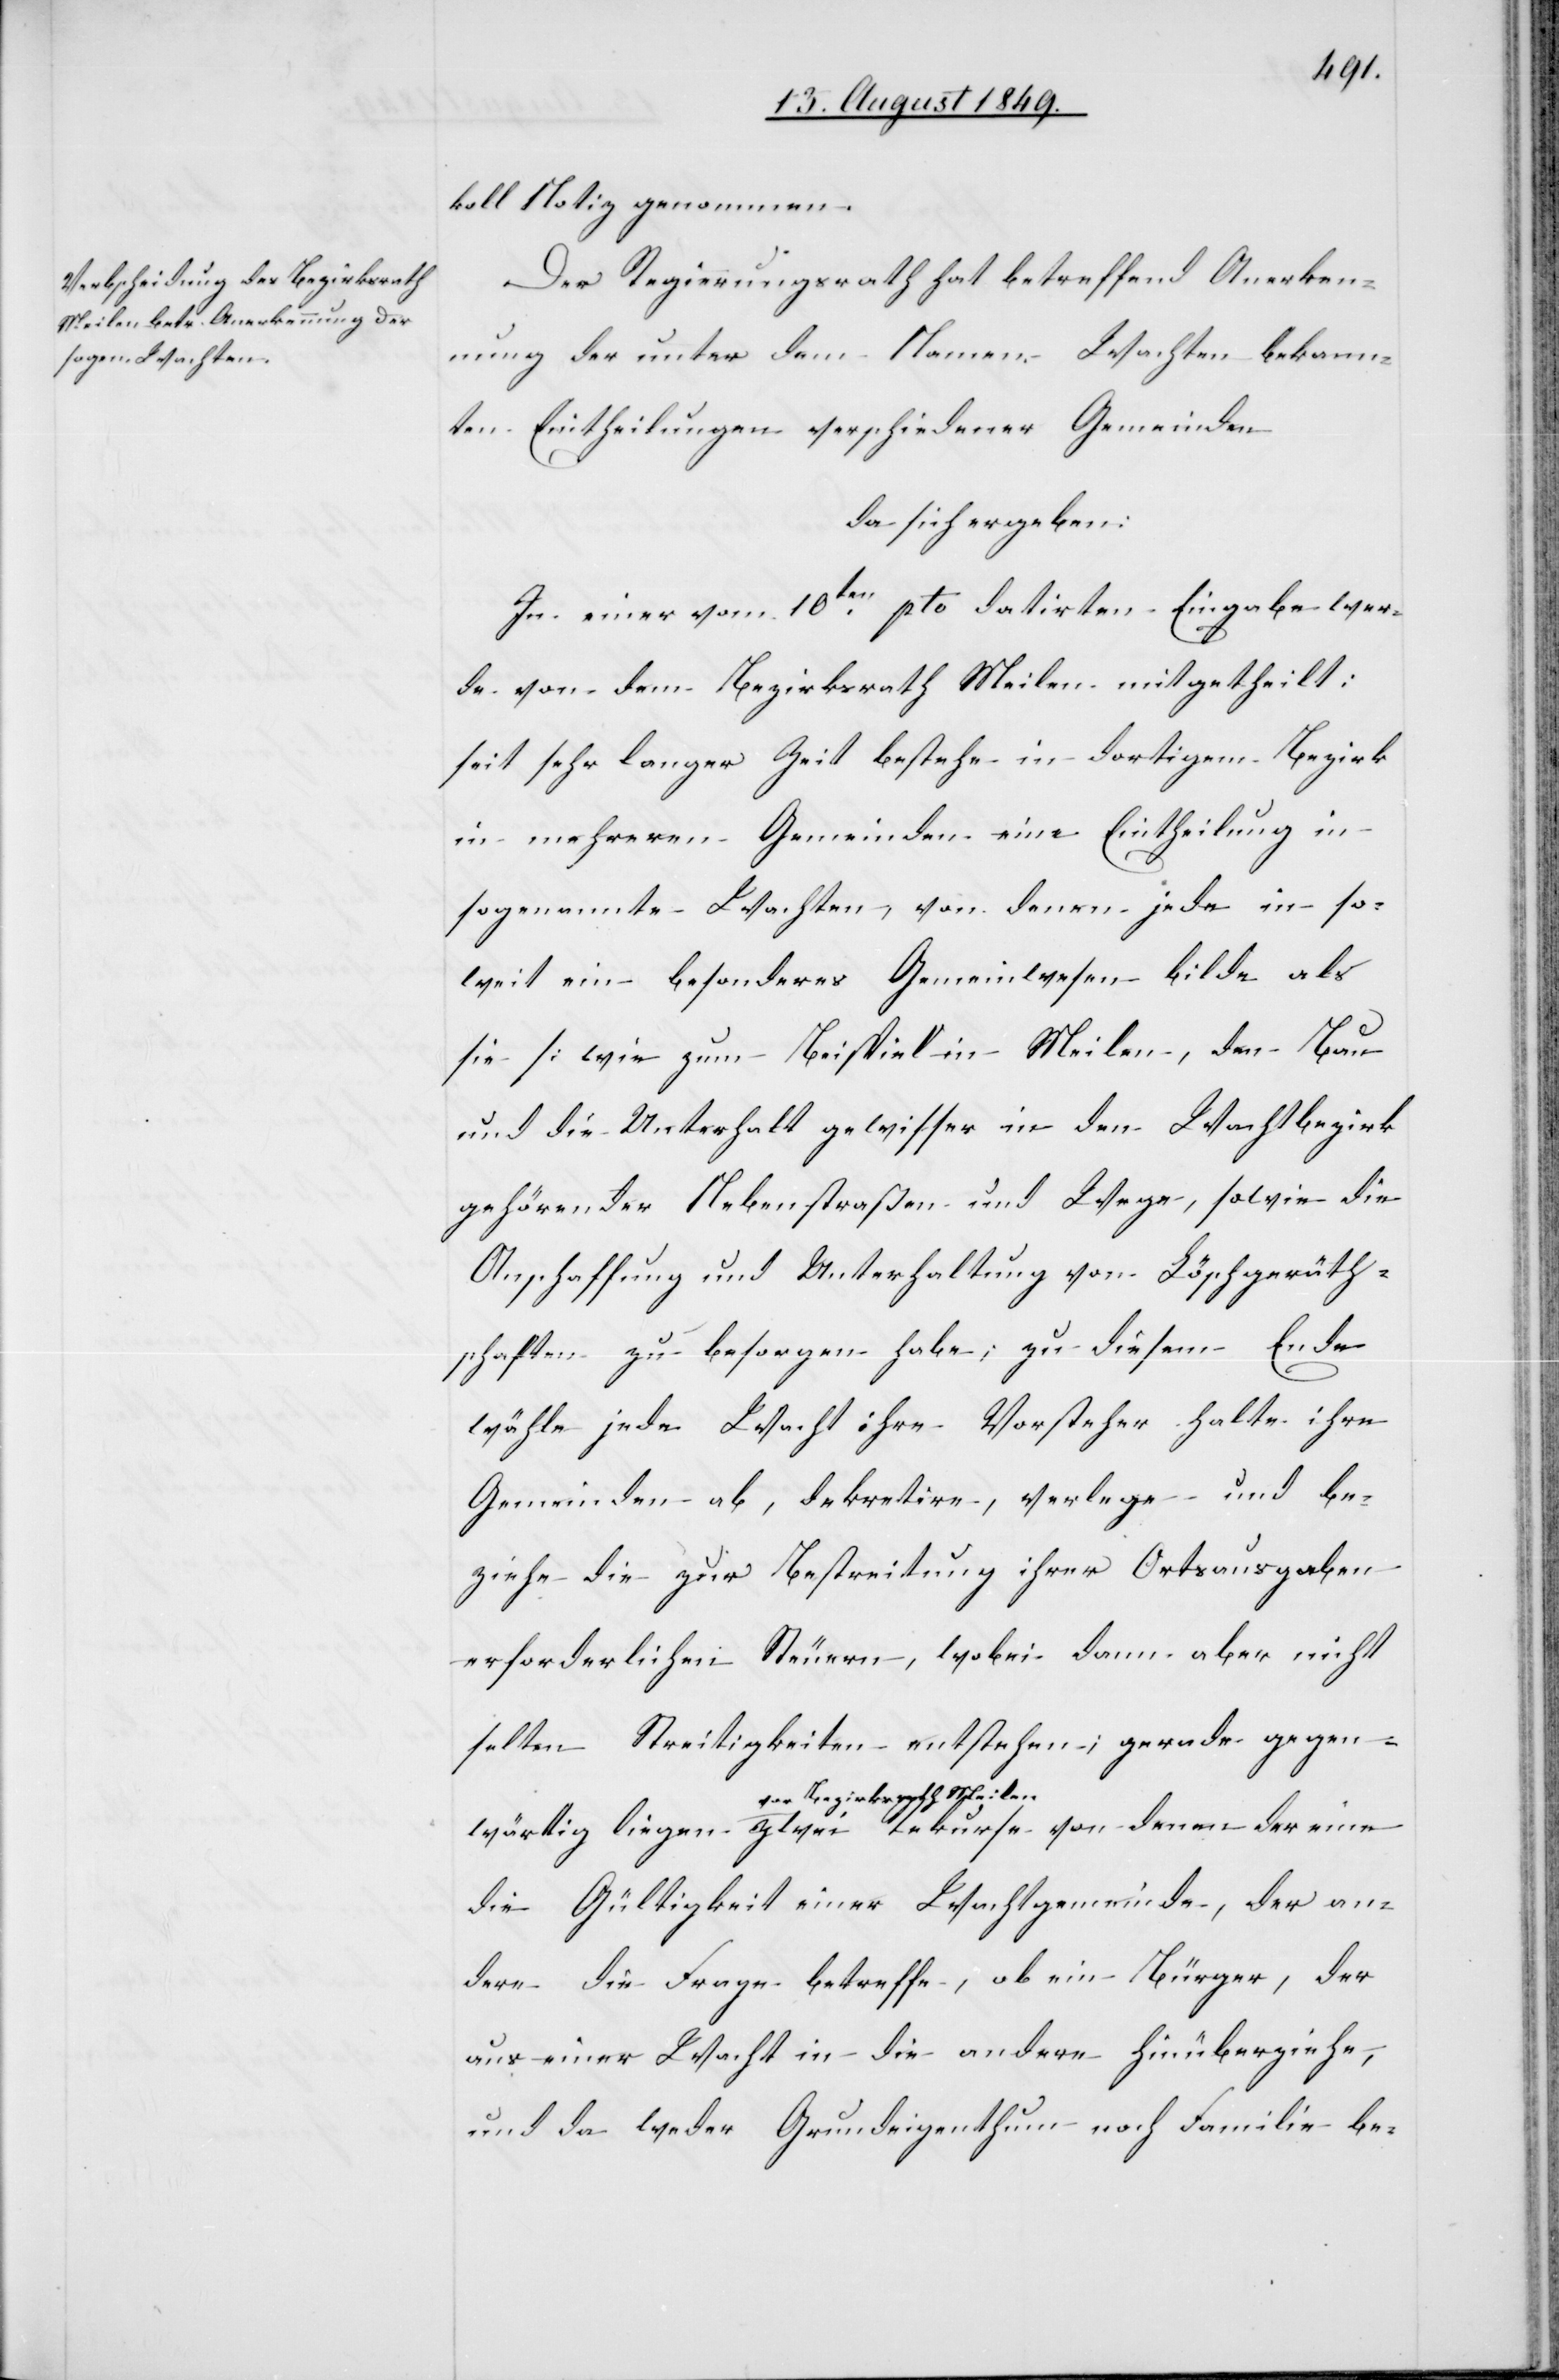
wärtig
koll Notiz genommen.
Der Regierungsrath hat betreffend Anerken¬
nung der unter dem Namen Wachten bekann¬
ten Eintheilungen verschiedener Gemeinden
da sich ergeben:
In einer vom 10ten pto datirten Eingabe wer¬
de von dem Bezirksrath Meilen mitgetheilt:
seit sehr langer Zeit bestehe in dortigem Bezirk
in mehreren Gemeinden eine Eintheilung in
sogenannte Wachten, von denen jede in so¬
weit ein besonderes Gemeinwesen bilde als
sie [wie zum Beispiel in Meilen,[]] den Bau
und die Unterhalt [sic!] gewisser in den Wachtbezirk
gehörender Nebenstraßen und Wege, sowie die
Anschaffung und Unterhaltung von Löschgeräth¬
schaften zu besorgen habe; zu diesem Ende
wähle jede Wacht ihre Vorsteher halte ihre
Gemeinden ab, dekretire, verlege und be¬
ziehe die zur Bestreitung ihrer Ortausgaben
erforderlichen Steuern, wobei dann aber nicht
selten Streitigkeiten entstehen; gerade gegen¬
a-vor Bezirksrath Meilen-a
die Gültigkeit einer Wachtgemeinde, der an¬
dere die Frage betreffe, ob ein Bürger, der
aus einer Wacht in die andere hinüberziehe,
und da weder Grundeigenthum noch Familie be-